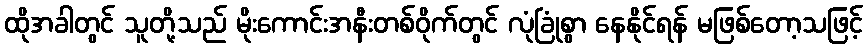
ထိုအခါတွင် သူတို့သည် မိုးကောင်းအနီးတစ်ဝိုက်တွင် လုံခြုံစွာ နေနိုင်ရန် မဖြစ်တော့သဖြင့်